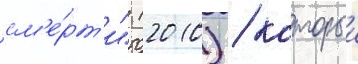
см'е́рт'и" (2010) / которыи